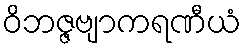
ဝိဘဇ္ဇဗျာကရဏီယံ